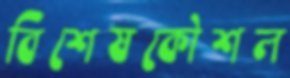
বিশেষকৌশল